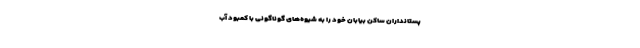
پستاندارانِ ساکنِ بیابان خود را به شیوه‌های گوناگونی با کمبود آب